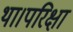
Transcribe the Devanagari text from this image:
था।परिक्षा